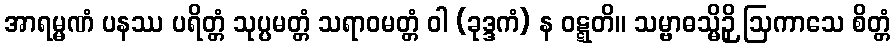
အာရမ္မဏံ ပနဿ ပရိတ္တံ သုပ္ပမတ္တံ သရာဝမတ္တံ ဝါ (ခုဒ္ဒကံ) န ဝဋ္ဋတိ။ သမ္ဗာဓသ္မိဉှိ ဩကာသေ စိတ္တံ